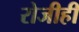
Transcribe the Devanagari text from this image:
रोजीही